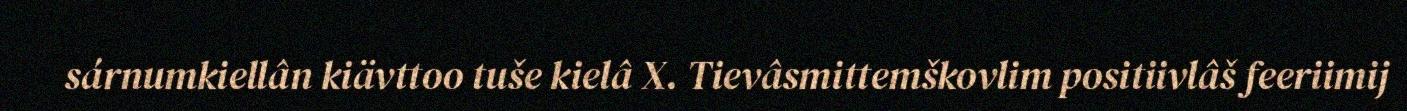
sárnumkiellân kiävttoo tuše kielâ X. Tievâsmittemškovlim positiivlâš feeriimij